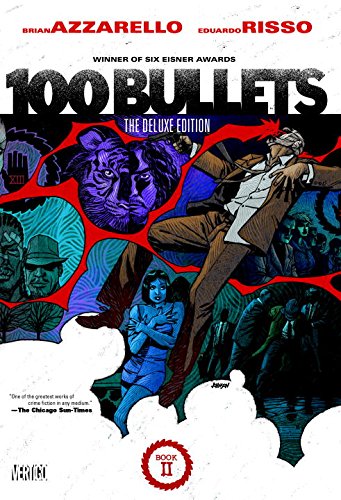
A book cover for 100 Bullets Book Two; Brian Azzarello; Comics & Graphic Novels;